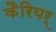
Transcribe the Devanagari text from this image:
कैरियर्